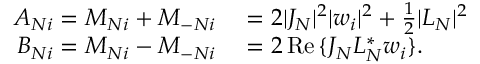
\begin{array} { r l } { A _ { N i } = M _ { N i } + M _ { - N i } } & { { } = 2 | J _ { N } | ^ { 2 } | w _ { i } | ^ { 2 } + \frac { 1 } { 2 } | L _ { N } | ^ { 2 } } \\ { B _ { N i } = M _ { N i } - M _ { - N i } } & { { } = 2 \operatorname { R e } { \{ J _ { N } L _ { N } ^ { * } w _ { i } \} } . } \end{array}